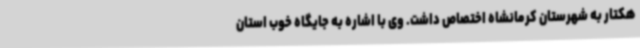
هکتار به شهرستان کرمانشاه اختصاص داشت. وی با اشاره به جایگاه خوب استان